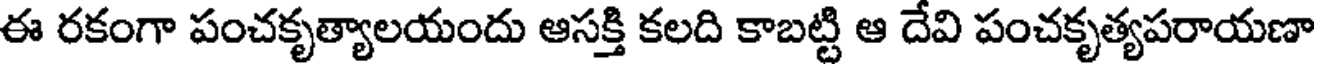
ఈ రకంగా పంచకృత్యాలయందు ఆసక్తి కలది కాబట్టి ఆ దేవి పంచకృత్యపరాయణా